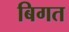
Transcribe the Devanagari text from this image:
बिगत